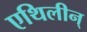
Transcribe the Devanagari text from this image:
एथिलीन्‌